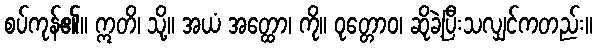
စပ်ကုန်၏။ ဣတိ၊ သို့။ အယံ အတ္ထော၊ ကို။ ဝုတ္တောဝ၊ ဆိုခဲ့ပြီးသလျှင်ကတည်း။